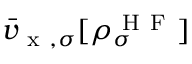
\bar { v } _ { \mathrm { ~ x ~ } , \sigma } [ \rho _ { \sigma } ^ { \mathrm { ~ H ~ F ~ } } ]